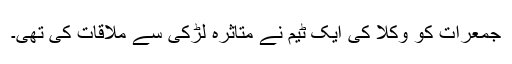
جمعرات کو وکلا کی ایک ٹیم نے متاثرہ لڑکی سے ملاقات کی تھی۔